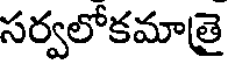
సర్వలోకమాత్రై